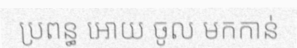
ប្រពន្ធ អោយ ចូល មកកាន់